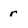
Character: r